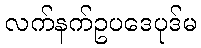
လက်နက်ဥပဒေပုဒ်မ